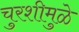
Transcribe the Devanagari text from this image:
चुरशीमुळे